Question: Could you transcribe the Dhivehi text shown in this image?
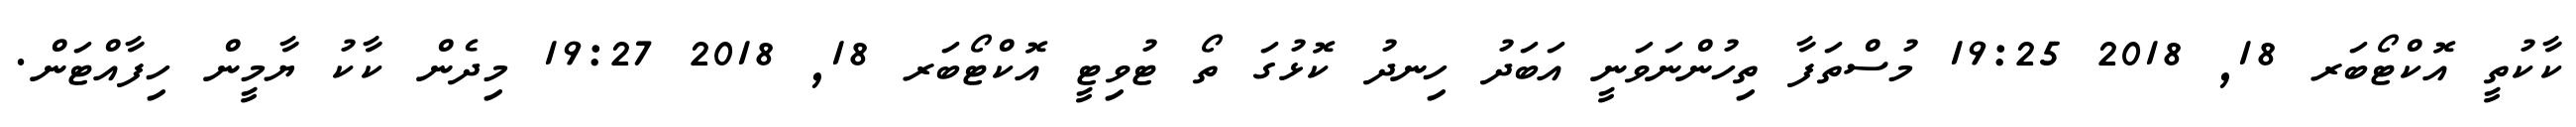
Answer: ކާކުތީ އޮކްޓޯބަރ 18, 2018 19:25 މުސްތަފާ ތިހުންނަވަނީ އަބަދު ހިނދު ކޮޅުގަ ތޯ ޓުވިޓީ އޮކްޓޯބަރ 18, 2018 19:27 މިދެން ކާކު ޔާމީން ހިފާއްޓަން.